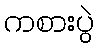
ကစားပွဲ